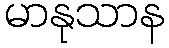
မာနုသာန